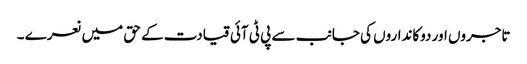
تاجروں اور دوکانداروں کی جانب سے پی ٹی آئی قیادت کے حق میں نعرے ۔